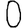
Digit: 0